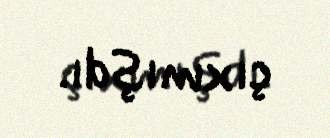
çıxmışdı.